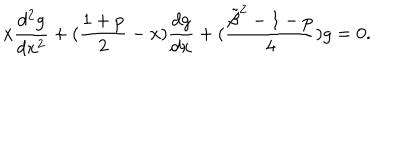
LaTeX: x { \frac { d ^ { 2 } g } { d x ^ { 2 } } } + ( { \frac { 1 + p } { 2 } } - x ) { \frac { d g } { d x } } + ( { \frac { { \tilde { \beta } } ^ { 2 } - 1 - p } { 4 } } ) g = 0 .